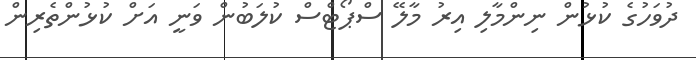
ދުވަހުގެ ކުޅުން ނިންމާލި އިރު މާލޭ ސްޕޯޓްސް ކުލަބުން ވަނީ އަށް ކުޅުންތެރިން